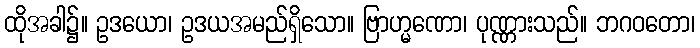
ထိုအခါ၌။ ဥဒယော၊ ဥဒယအမည်ရှိသော။ ဗြာဟ္မဏော၊ ပုဏ္ဏားသည်။ ဘဂဝတော၊